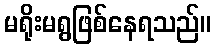
မရိုးမရွဖြစ်နေရသည်။